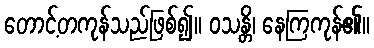
တောင့်တကုန်သည်ဖြစ်၍။ ဝသန္တိ၊ နေကြကုန်၏။